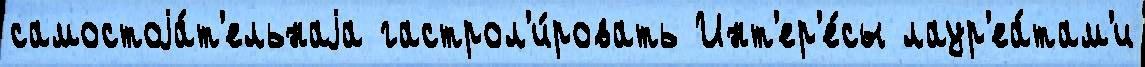
самостоjа́т'ельнаjа гастрол'и́ровать Инт'ер'е́сы лаур'еа́там'и